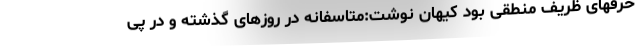
حرفهای ظریف منطقی بود کیهان نوشت:متاسفانه در روزهای گذشته و در پی